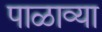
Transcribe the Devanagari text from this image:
पाळाव्या